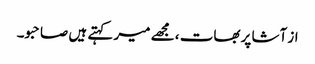
از آشا پربھات ، مجھے میر کہتے ہیں صاحبو۔